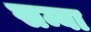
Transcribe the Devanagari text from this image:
सम्बा